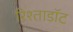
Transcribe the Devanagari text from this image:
रिश्ताडॉट